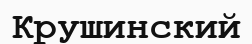
Крушинский